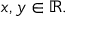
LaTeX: x , y \in \mathbb { R } .